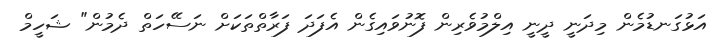
އަޅުގަނޑުމެން މިދަނީ ދީނީ އިލްމުވެރިން ފޮނުވައިގެން އެފަދަ ފަރާތްތަކަަށް ނަސޭހަތް ދެމުން" ޝަހީމް